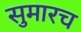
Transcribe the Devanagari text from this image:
सुमारच